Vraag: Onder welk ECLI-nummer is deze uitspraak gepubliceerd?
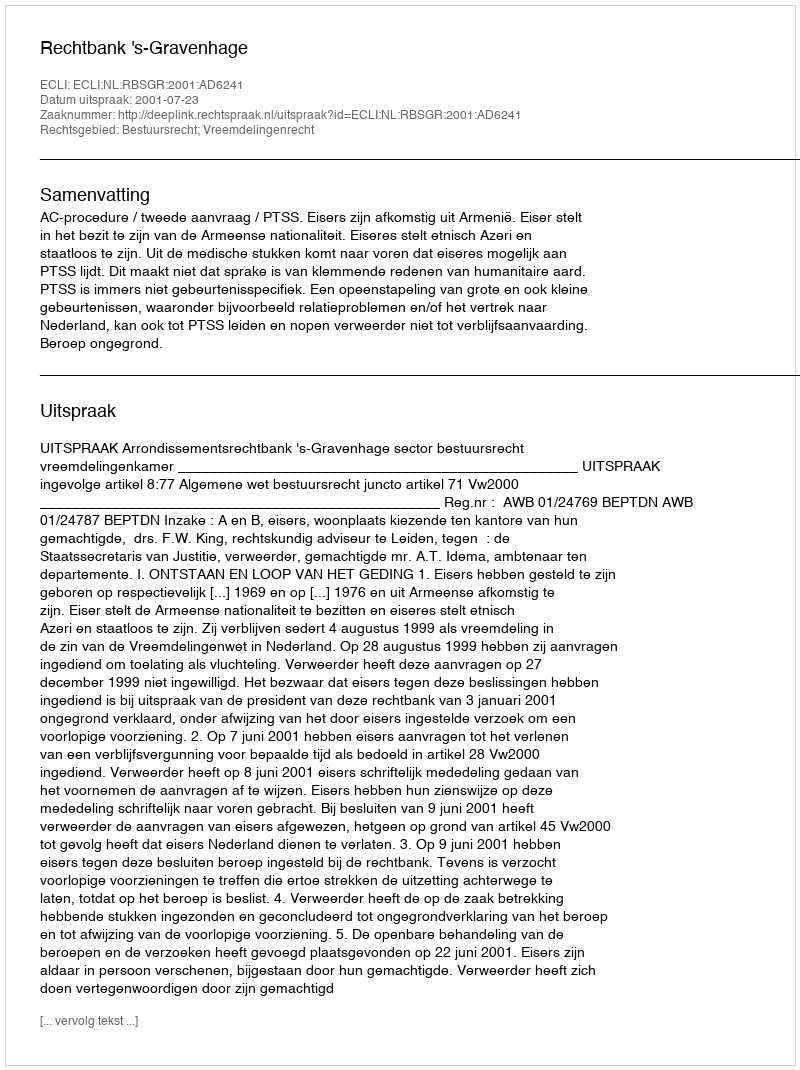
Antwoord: ECLI:NL:RBSGR:2001:AD6241